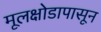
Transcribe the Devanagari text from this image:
मूलक्षोडापासून